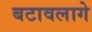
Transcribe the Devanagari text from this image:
बटावलागे